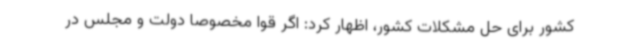
کشور برای حل مشکلات کشور، اظهار کرد: اگر قوا مخصوصا دولت و مجلس در